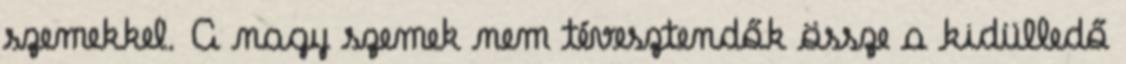
szemekkel. A nagy szemek nem tévesztendők össze a kidülledő